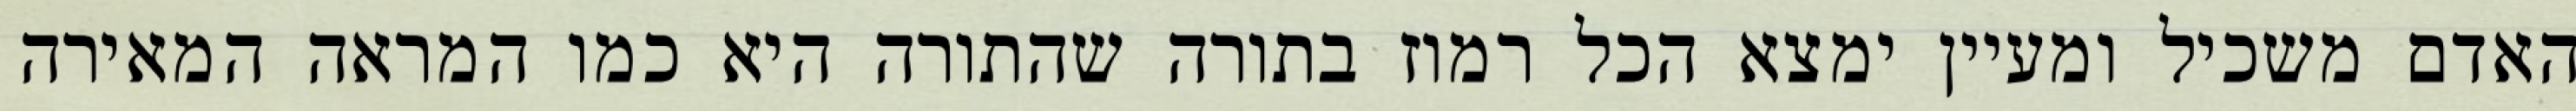
האדם משכיל ומעיין ימצא הכל רמוז בתורה שהתורה היא כמו המראה המאירה